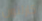
كارلتون